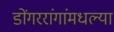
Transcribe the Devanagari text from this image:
डोंगररांगांमधल्या